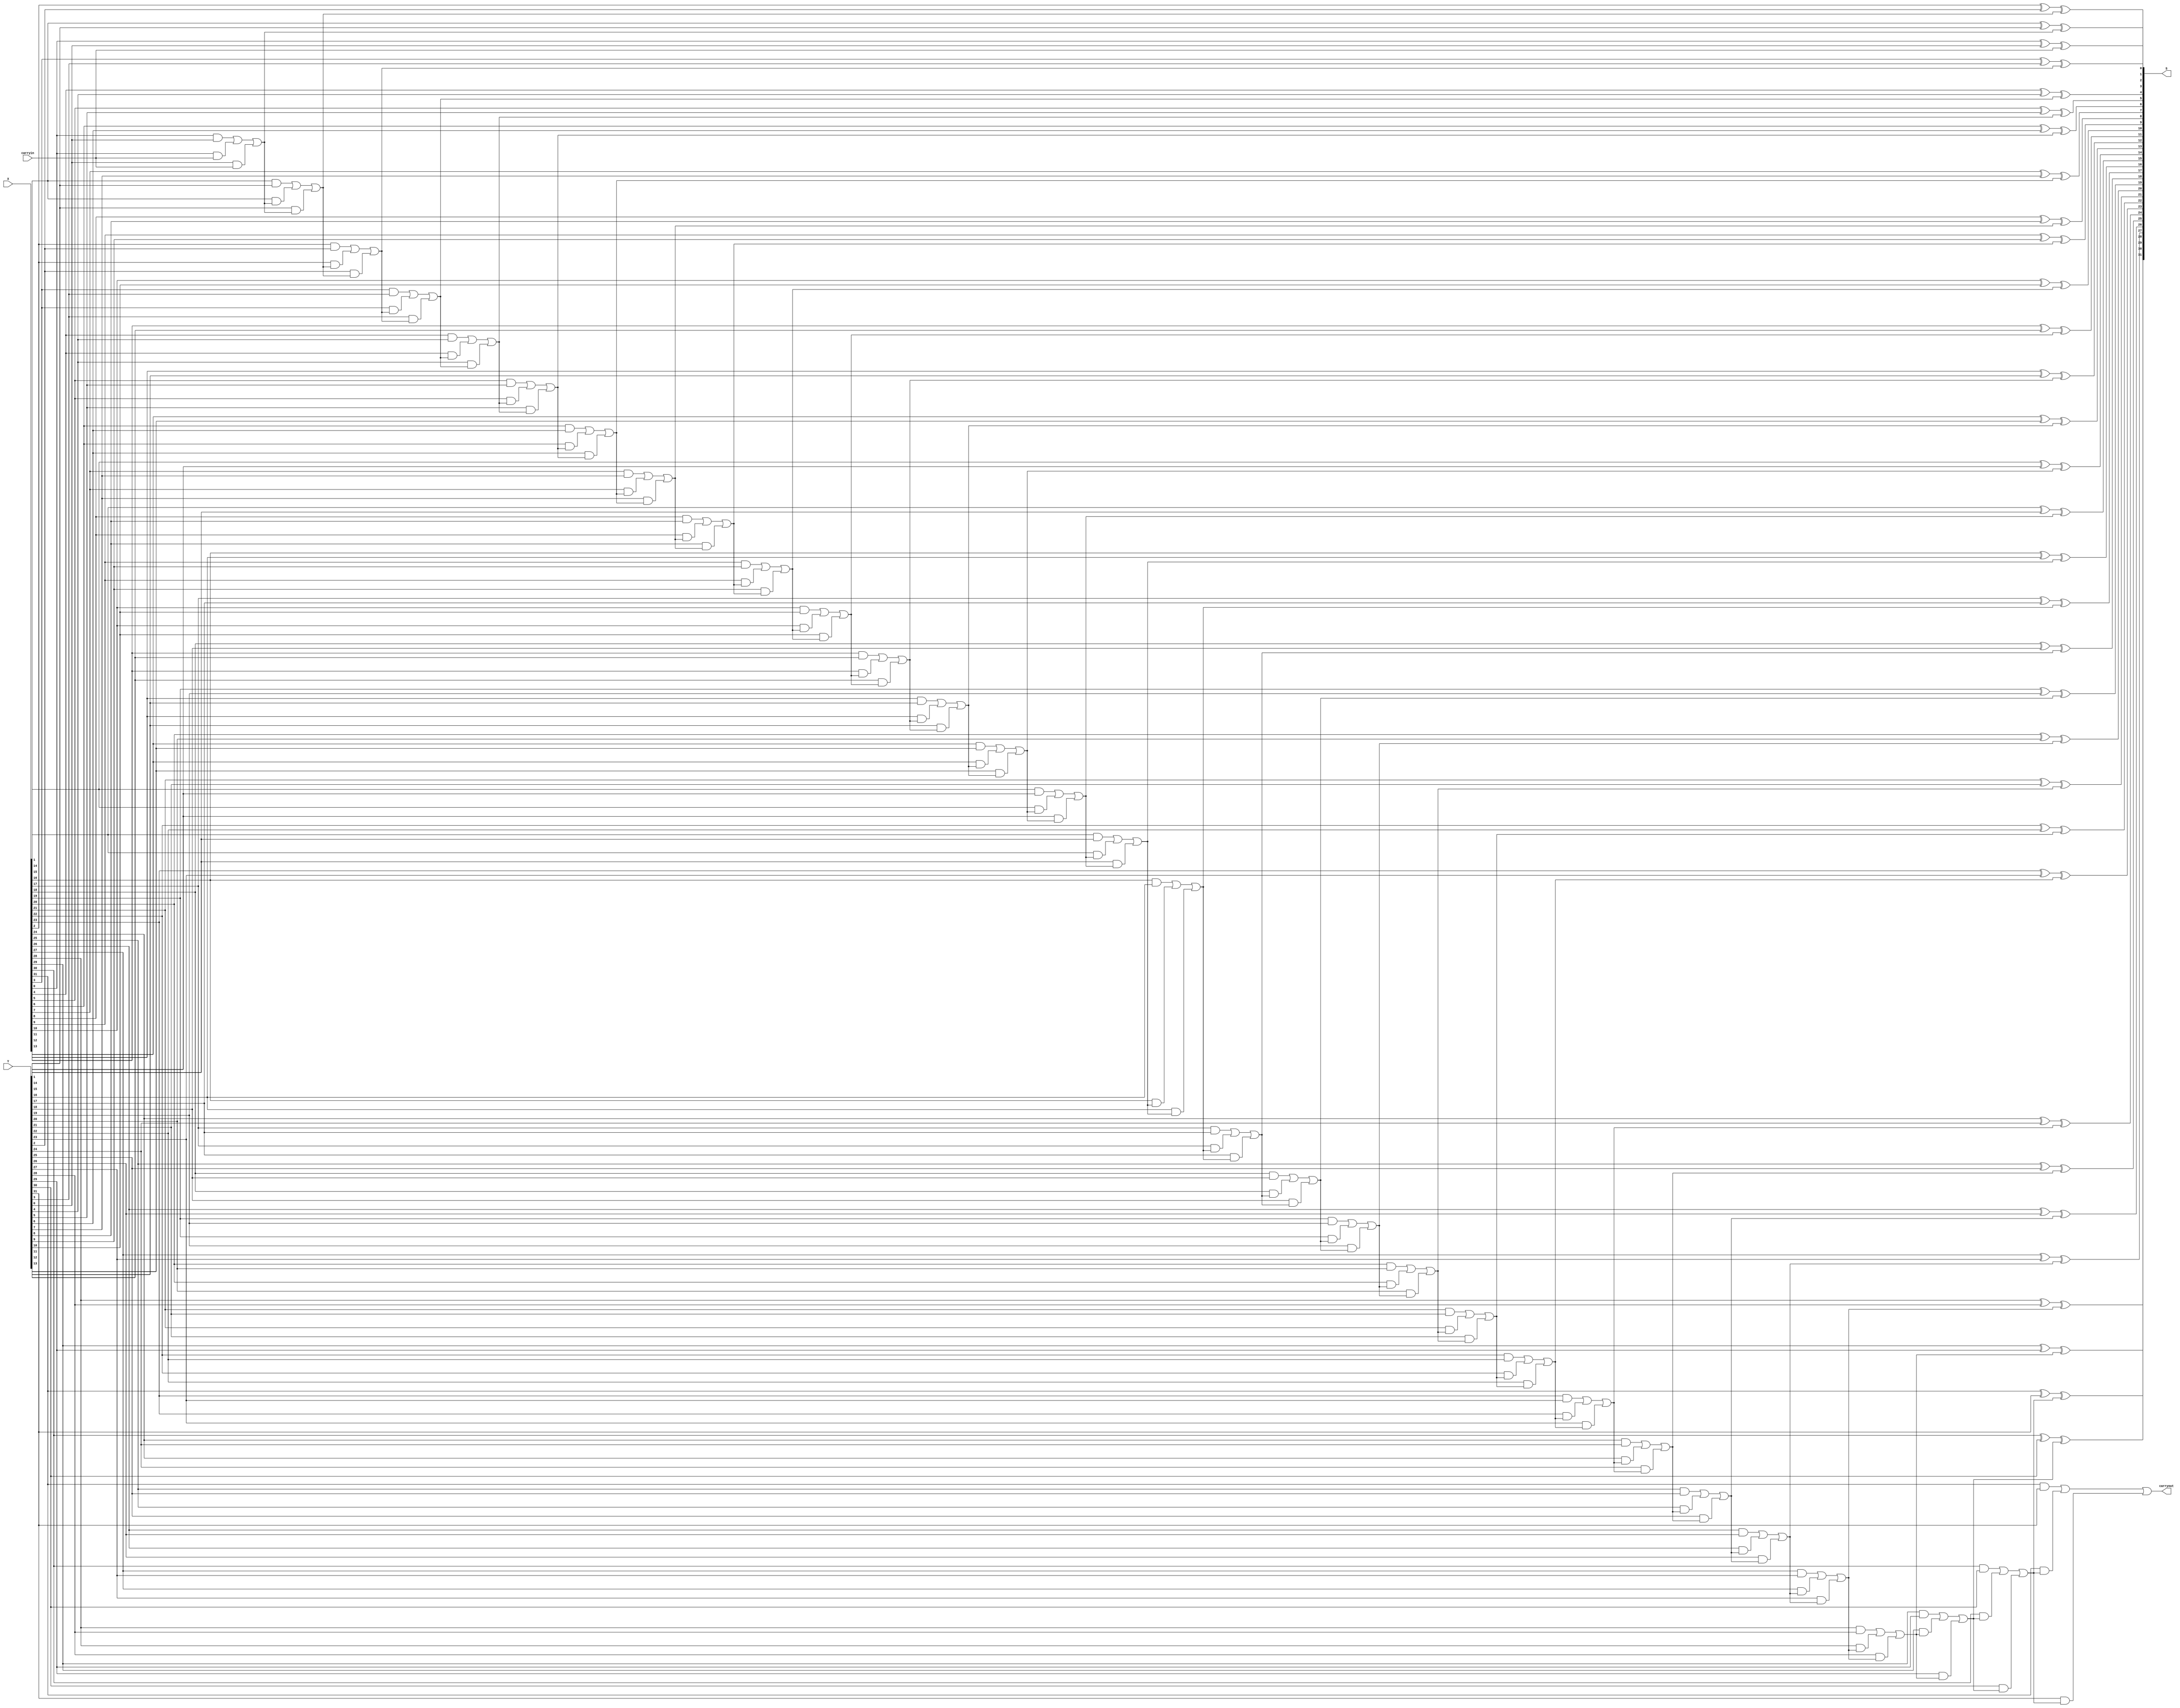
module addern (carryin, X, Y, S, carryout);
    parameter n = 32;
    input carryin;
    input [n-1:0] X, Y;
    output [n-1:0] S;
    output carryout;
    wire [n:0] C;
    
    genvar k;
    assign C[0] = carryin;
    assign carryout = C[n];
    generate
        for (k = 0; k < n; k = k+1)
            begin: fulladd_stage
                wire z1, z2, z3; //wires within full-adder
                xor (S[k], X[k], Y[k], C[k]);
                and (z1, X[k], Y[k]);
                and (z2, X[k], C[k]);
                and (z3, Y[k], C[k]);
                or (C[k+1], z1, z2, z3);
            end
    endgenerate

endmodule